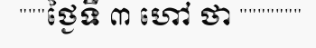
"""ថ្ងៃទី ៣ ហៅ ថា """""""